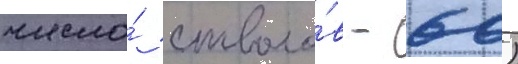
число́ стволо́в - 60)